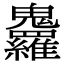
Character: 𩵇